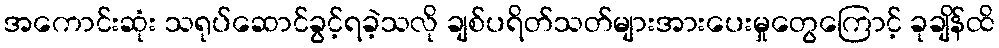
အကောင်းဆုံး သရုပ်ဆောင်ခွင့်ရခဲ့သလို ချစ်ပရိတ်သတ်များအားပေးမှုတွေကြောင့် ခုချိန်ထိ